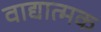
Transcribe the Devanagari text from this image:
वाद्यात्मक